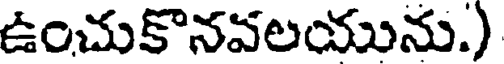
ఉంచుకొనవలయును.)